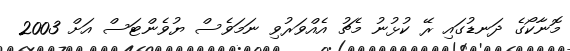
މޮނާކޯގެ ދަނޑުގައި ރޭ ކުޅުނު މެޗު އެއްވަރުވި ނަމަވެސް ޔުވެންޓަސް އަށް 2003